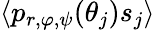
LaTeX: \langle p_{r,\varphi,\psi}(\theta_{j})s_{j}\rangle